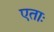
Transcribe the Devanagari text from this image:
एताः